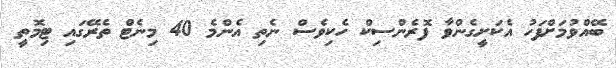
ބޭއްވުމަށްފަހު އެކަށީގެންވާ ފޮރެންސިކް ހެކިވެސް ނެތި އެންމެ 40 މިނެޓް ތެރޭގައި ޓިމޮތީ